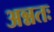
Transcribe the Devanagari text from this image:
अन्नतः